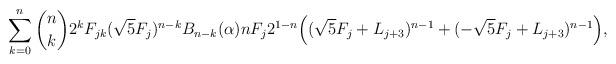
LaTeX: \begin{align*}\sum_{k=0}^n {n\choose k} 2^k F_{jk} (\sqrt{5}F_j)^{n-k} B_{n-k}(\alpha) n F_j 2^{1-n} \Big ( (\sqrt{5} F_j + L_{j+3} )^{n-1} + (-\sqrt{5}F_j + L_{j+3} )^{n-1}\Big ),\end{align*}